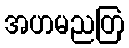
အဟမညတြ